Civil Veterinary Department. Central Provinces & Berar 1925-31 - 1925-1931
Year: 1925
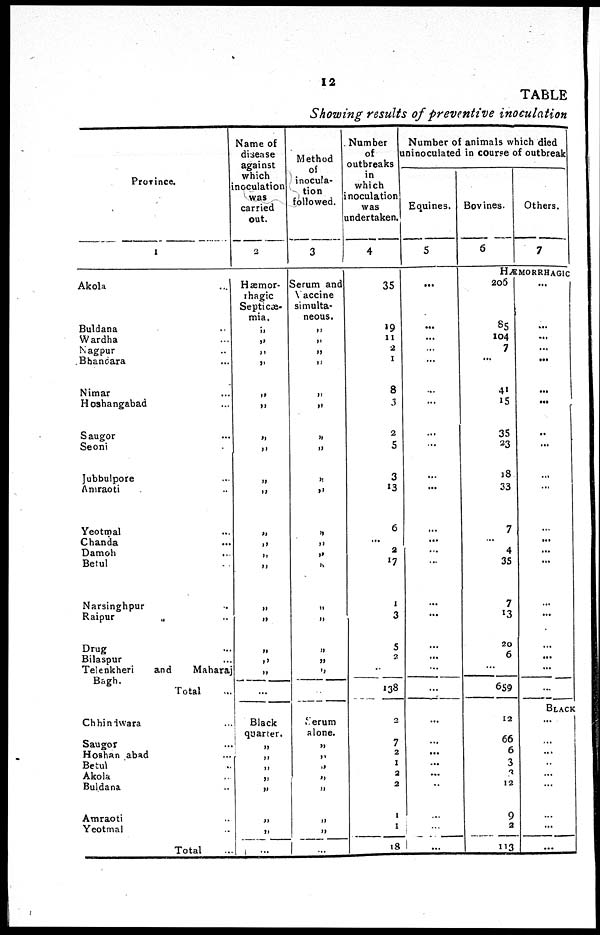
12
TABLE
Showing results of preventive inoculation
Province.
1
Akola ...
Buldana ...
Wardha ...
Nagpur ...
Bhancara ...
Nimar ...
Hoshangabad ...
Saugor ...
Seoni ...
Jubbulpore ...
Amraoti ...
Yeotmal ...
Chanda ...
Damoh ...
Betul ...
Narsinghpur ...
Raipur ...
Drug ...
Bilaspur ...
Telenkheri and Maharaj
Bagh.
Total ...
Chhindwara ...
Saugor ...
Hoshan abad ...
Betul ...
Akola ...
Buldana ...
Amraoti ...
Yeotmal ...
Total ...
Name of
disease
against
which
inoculation
was
carried
out.
2
Hæmor-
rhagic
Septicæ-
mia.
„
„
„
„
„
„
„
„
„
„
„
„
„
„
„
„
„
„
„
...
Black
quarter.
„
„
„
„
„
„
„
...
Method
of
inocula-
tion
followed.
3
Serum and
Vaccine
simulta-
neous.
„
„
„
„
„
„
„
„
„
„
„
„
„
„
„
„
„
„
„
...
Serum
alone.
„
„
„
„
„
„
„
...
Number
of
outbreaks
in
which
inoculation
was
undertaken.
4
35
19
11
2
1
8
3
2
5
3
13
6
...
2
17
1
3
5
2
...
138
2
7
2
1
2
2
1
1
18
Number of animals which died
uninoculated in course of outbreak
Equines.
5
...
...
...
...
...
...
...
...
...
...
...
...
...
...
...
...
...
...
...
...
....
...
...
...
...
...
..
...
...
...
Bovines.
6
Others.
7
HÆMORRHAGIC
206
85
104
7
...
41
15
35
23
18
33
7
...
4
35
7
13
20
6
...
659
12
66
6
3
3
12
9
2
113
...
...
...
...
...
...
...
..
...
...
...
...
...
...
...
...
...
...
...
...
...
BLACK
...
... ...
...
...
...
...
...
...